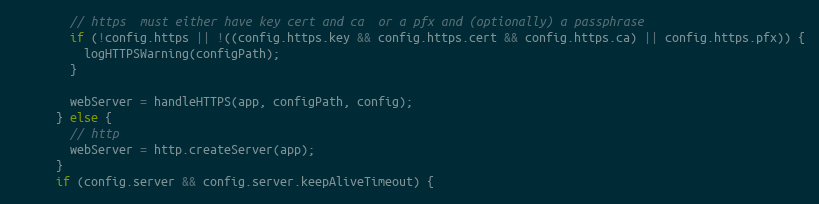
Language: JavaScript
        // https  must either have key cert and ca  or a pfx and (optionally) a passphrase
        if (!config.https || !((config.https.key && config.https.cert && config.https.ca) || config.https.pfx)) {
          logHTTPSWarning(configPath);
        }

        webServer = handleHTTPS(app, configPath, config);
      } else {
        // http
        webServer = http.createServer(app);
      }
      if (config.server && config.server.keepAliveTimeout) {